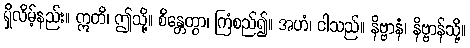
ရှိလိမ့်နည်း။ ဣတိ၊ ဤသို့။ စိန္တေတွာ၊ ကြံစည်၍။ အဟံ၊ ငါသည်။ နိဗ္ဗာနံ၊ နိဗ္ဗာန်သို့။